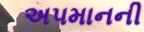
અપમાનની